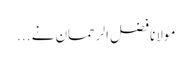
مولانا فضل الرحمان نے ...